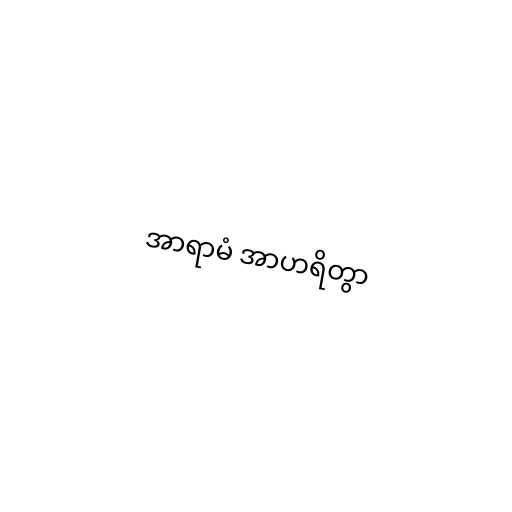
အာရာမံ အာဟရိတွာ